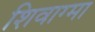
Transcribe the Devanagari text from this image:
शिवाग्मा